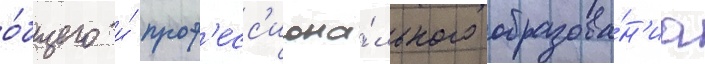
о́бщего и́ проф'есс'иона́льного образова́н'иа